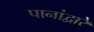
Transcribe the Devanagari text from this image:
पानांद्वारे